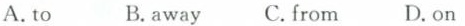
A. to B.away C.from D.on